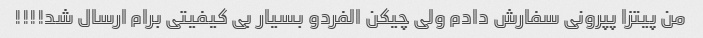
من پیتزا پپرونی سفارش دادم ولی چیکن الفردو بسیار بی کیفیتی برام ارسال شد!!!!